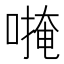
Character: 𱔅